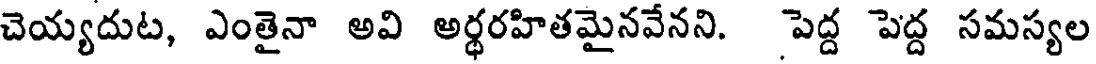
చెయ్యదుట, ఎంతైనా అవి అర్ధరహితమైనవేనని. పెద్ద పెద్ద సమస్యల